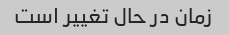
زمان در حال تغییر است